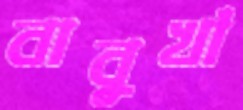
বাবুখাঁ